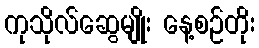
ကုသိုလ်ဆွေမျိုး နေ့စဉ်တိုး